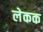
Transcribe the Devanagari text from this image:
लेकक